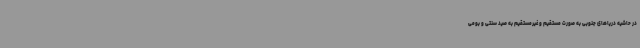
در حاشیه دریاهای جنوبی به صورت مستقیم و غیرمستقیم به صید سنتی و بومی